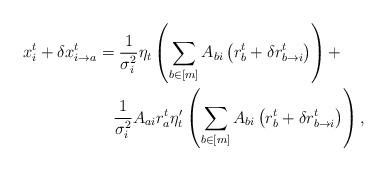
LaTeX: \begin{align*}x_{i}^{t}+\delta x_{i\rightarrow a}^{t} & =\frac{1}{\sigma_{i}^{2}}\eta_{t}\left(\sum_{b\in[m]}A_{bi}\left(r_{b}^{t}+\delta r_{b\rightarrow i}^{t}\right)\right)+ \\ & \quad\frac{1}{\sigma_{i}^{2}}A_{ai}r_{a}^{t}\eta'_{t}\left(\sum_{b\in[m]}A_{bi}\left(r_{b}^{t}+\delta r_{b\rightarrow i}^{t}\right)\right),\end{align*}